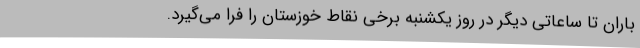
باران تا ساعاتی دیگر در روز یکشنبه برخی نقاط خوزستان را فرا می‌گیرد.